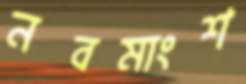
নবমাংশ